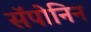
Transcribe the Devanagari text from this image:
सॅपोनिन